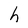
Character: h